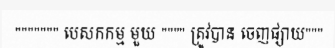
""""""" បេសកកម្ម មួយ """" ត្រូវបាន ចេញផ្សាយ"""